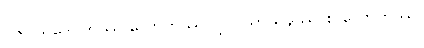
၁၆။ သဒေဝကဿ လောကဿ၊ ၇။  သာသနဿ စ လောကဿ၊